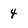
Character: 4